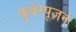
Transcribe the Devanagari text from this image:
कुबेरपूजन